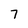
Character: 7